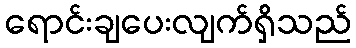
ရောင်းချပေးလျက်ရှိသည်